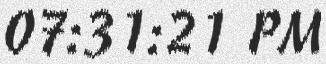
07:31:21 PM